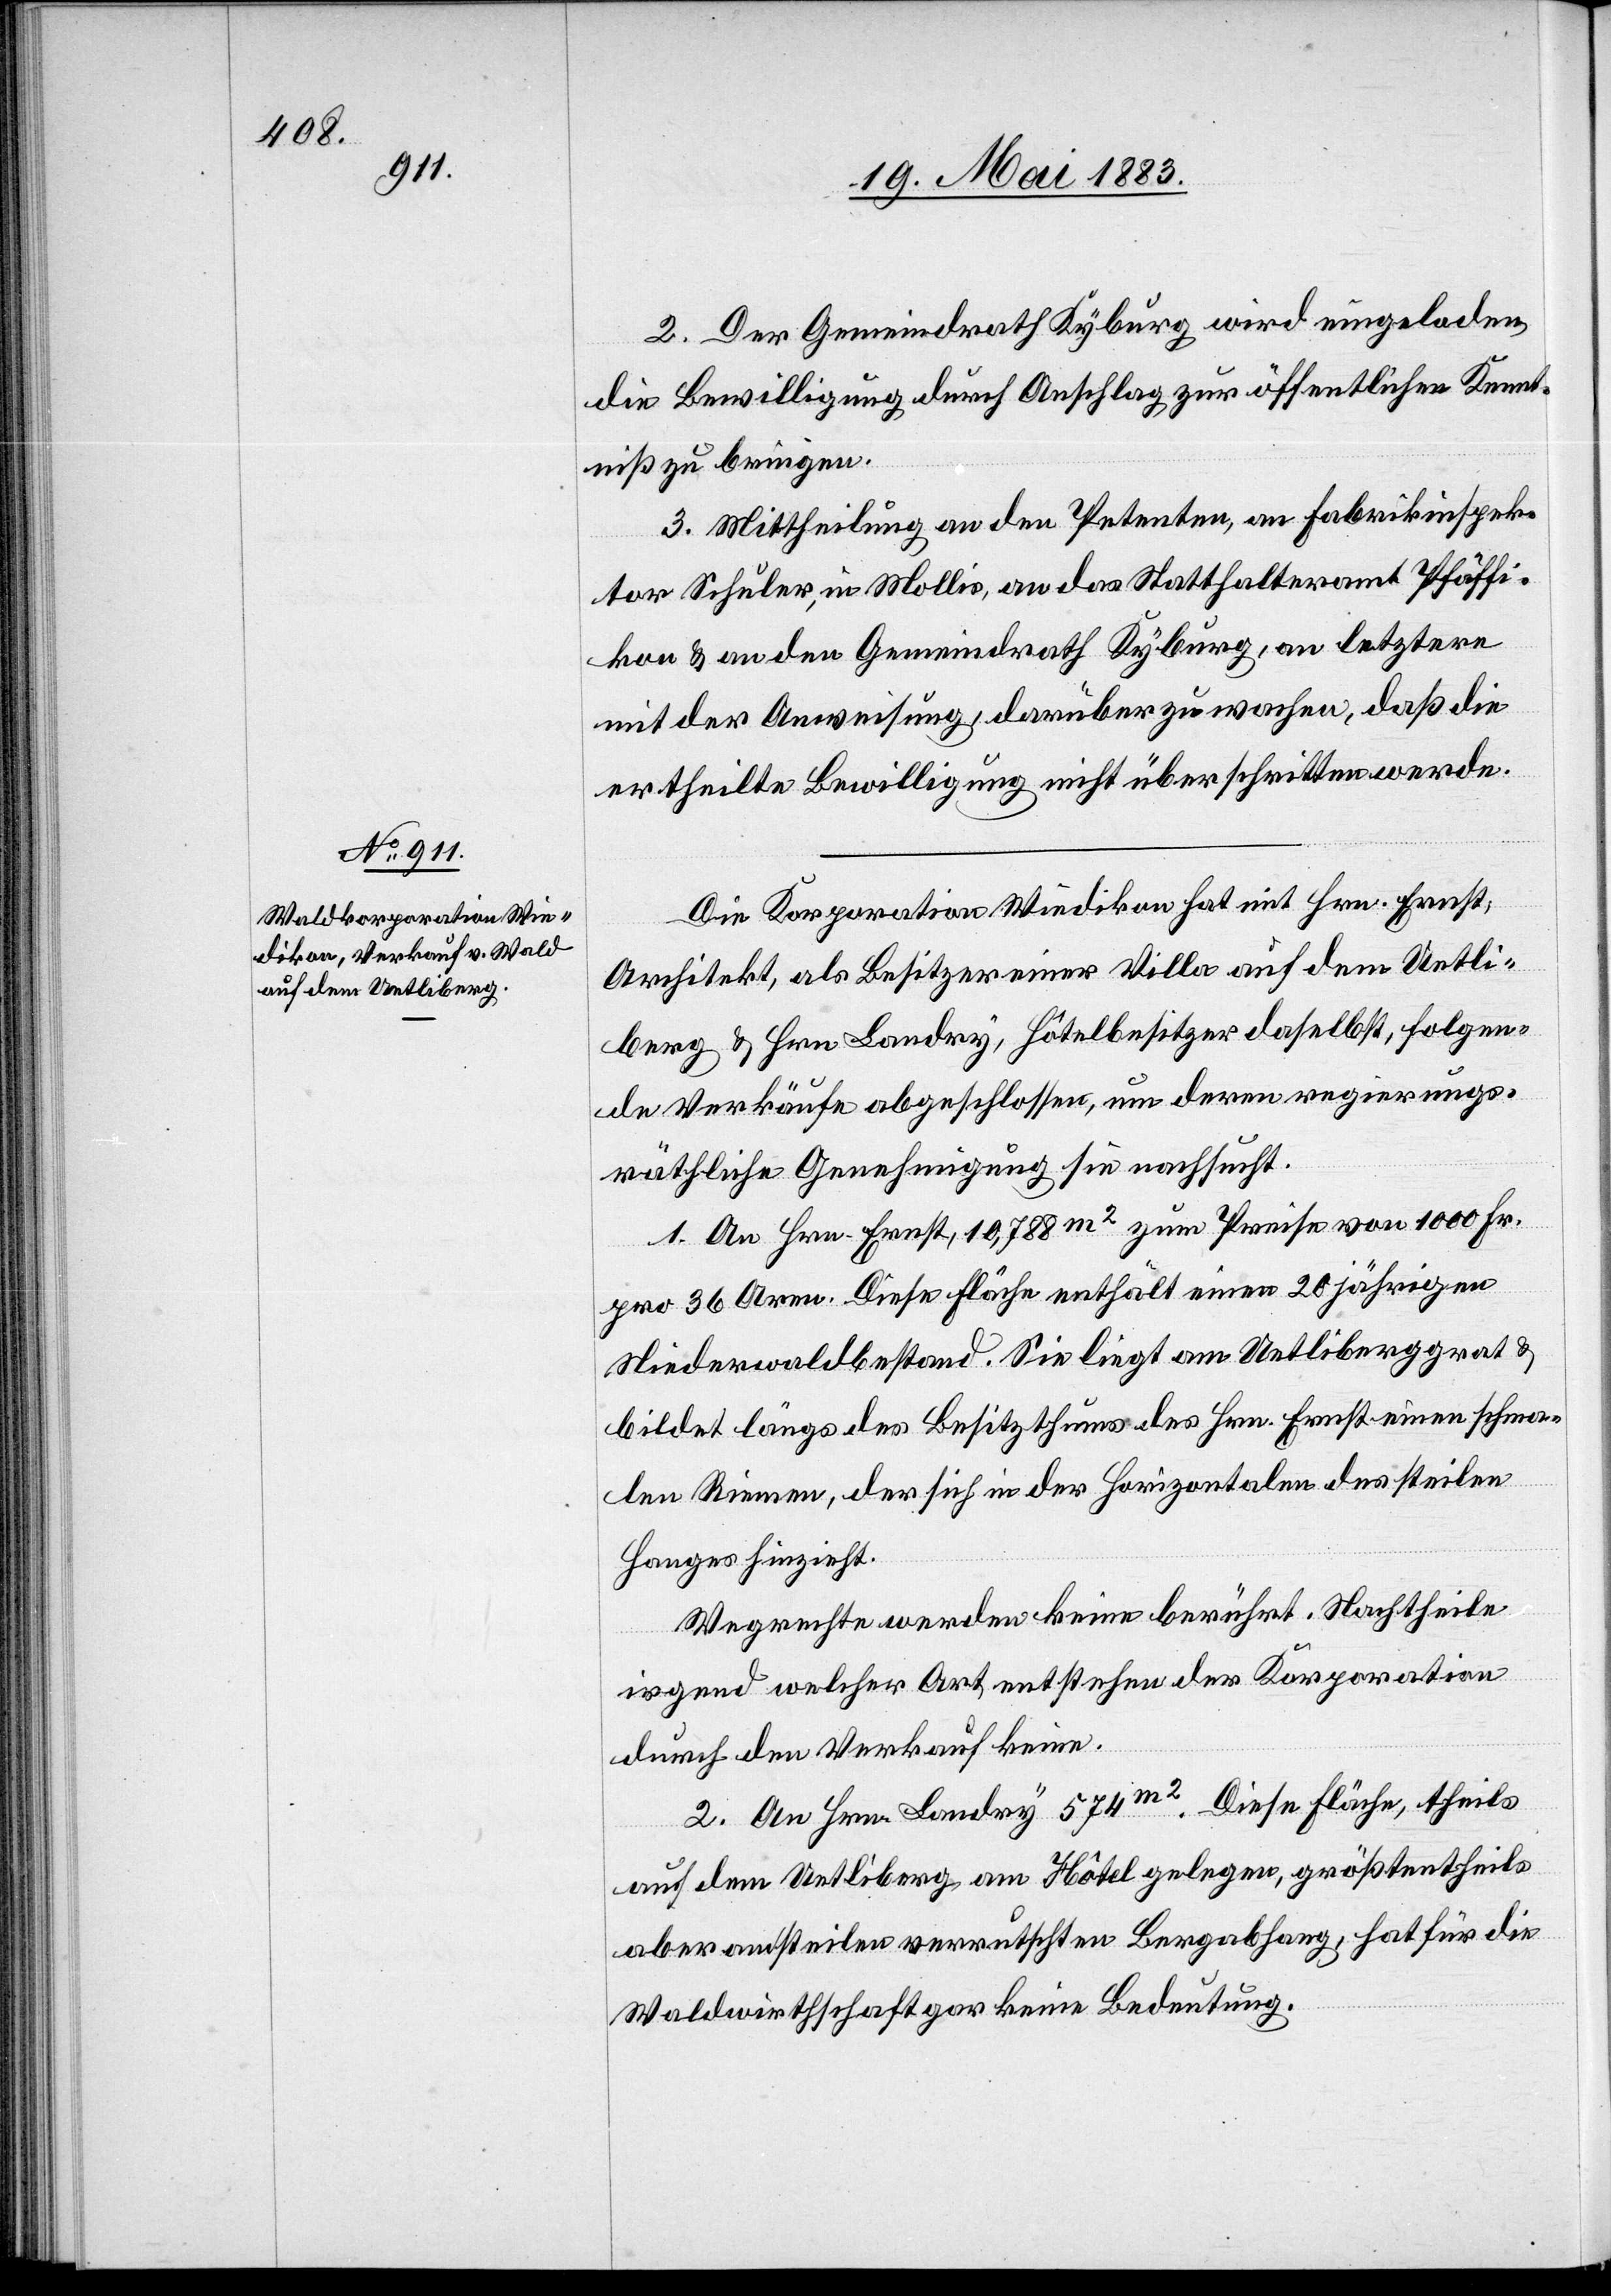
2. Der Gemeindrath Kyburg wird eingeladen,
die Bewilligung durch Anschlag zur öffentlichen Kennt¬
niß zu bringen.
3. Mittheilung an den Petenten, an Fabrikinspek¬
tor Schuler in Mollis, an das Statthalteramt Pfäffi¬
kon & an den Gemeindrath Kyburg, an letztere
mit der Anweisung, darüber zu wachen, daß die
ertheilte Bewilligung nicht überschritten werde.
Die Korporation Wiedikon hat mit Hrn. Ernst,
Architekt, als Besitzer einer Villa auf dem Uetli¬
berg & Hrn. Landry, Hôtelbesitzer daselbst, folgen¬
de Verkäufe abgeschlossen, um deren regierungs¬
räthliche Genehmigung sie nachsucht.
1. An Hrn. Ernst, 10,788m2 zum Preise von 1000 Fr.
pro 36 Aren. Diese Fläche enthält einen 20 jährigen
Niederwaldbestand. Sie liegt am Uetliberggrat &
bildet längs des Besitzthums des Hrn. Ernst einen schma¬
len Rinnen, der sich in der Horizontalen des steilen
Ganges hinzieht.
Wegrechte werden keine berührt. Nachtheile
irgend welcher Art entstehen der Korporation
durch den Verkauf keine.
2. An Hrn. Landry 574m2. Diese Fläche, theils
auf dem Uetliberg am Hôtel gelegen, größtentheils
aber am steilen verrutschten Bergabhang, hat für die
Waldwirthschaft gar keine Bedeutung.